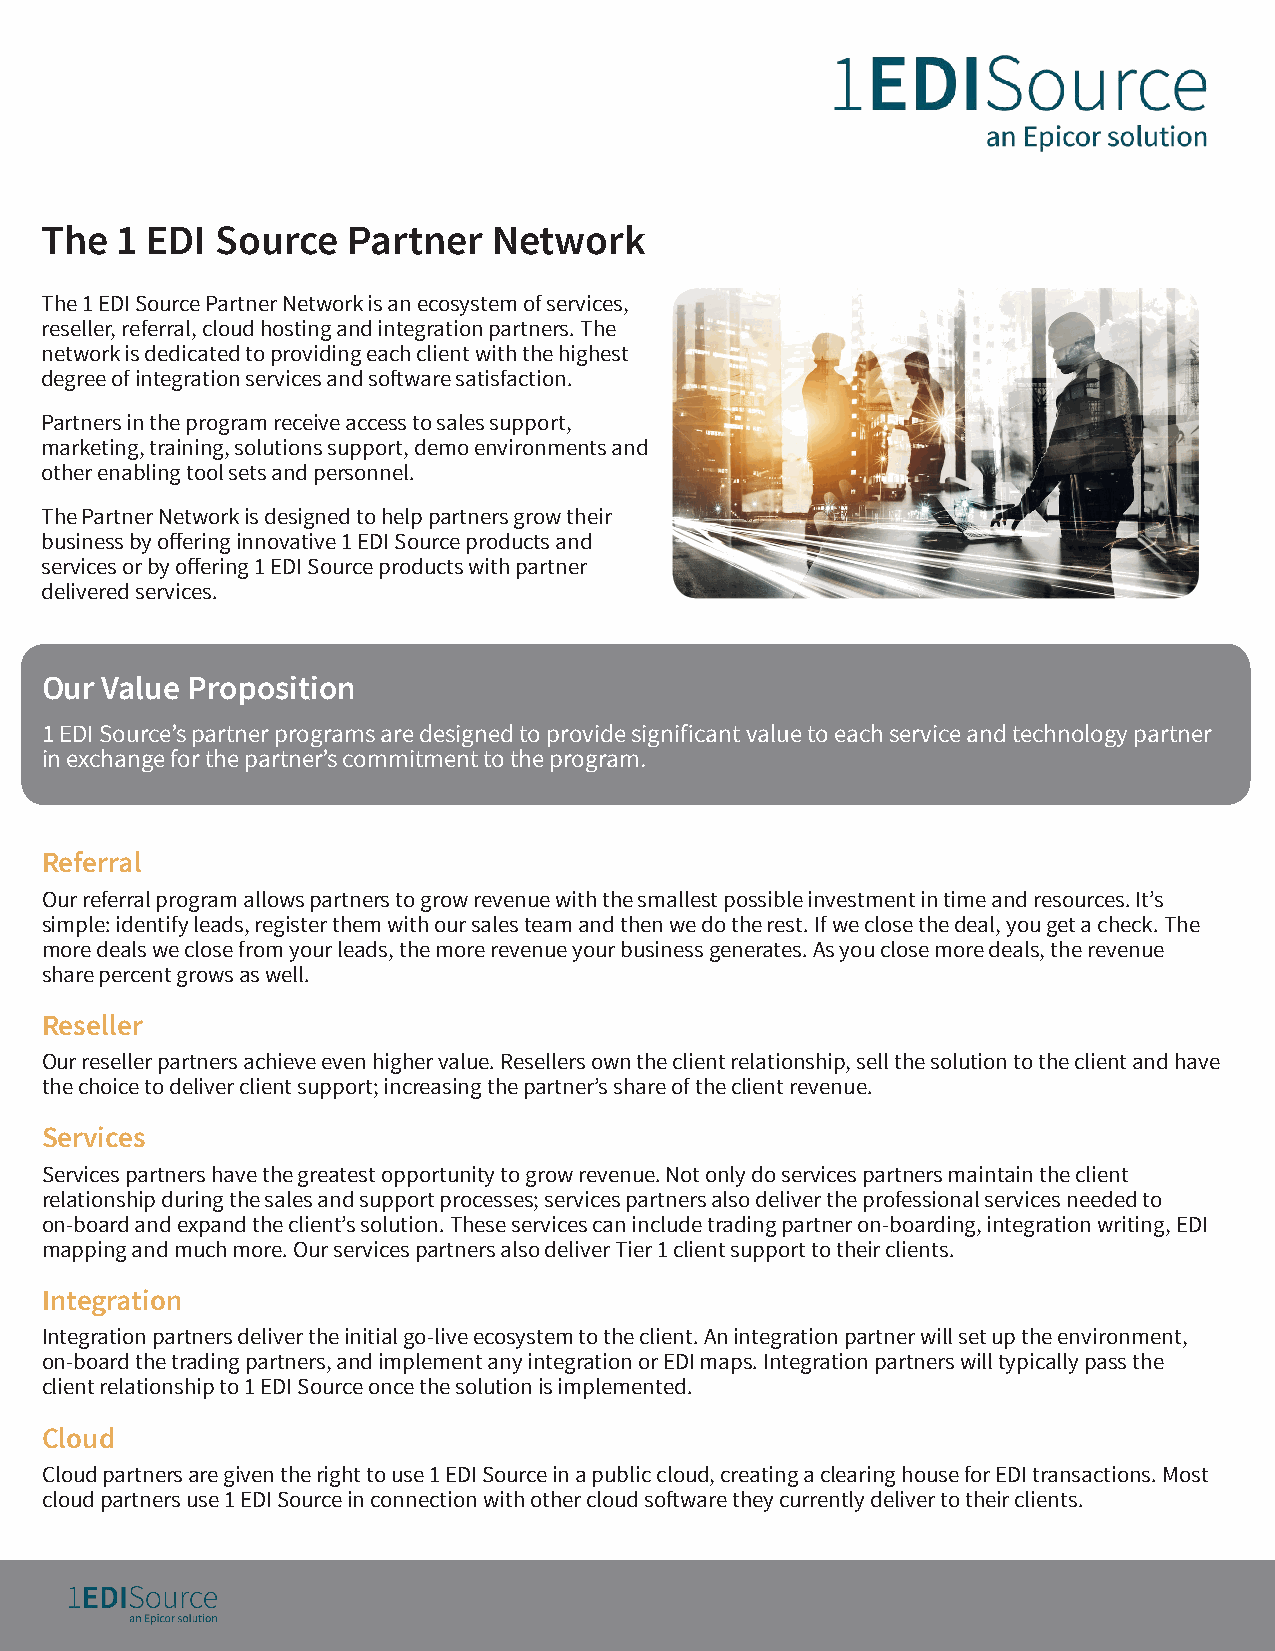
The  1 EDI Source   Partner   Network
 The 1 EDI Source Partner Network is an ecosystem of services,
 reseller, referral, cloud hosting and integration partners. The
 network is dedicated to providing each client with the highest
 degree of integration services and software satisfaction.
 Partners in the program receive access to sales support,
 marketing, training, solutions support, demo environments and
 other enabling tool sets and personnel.
 The Partner Network is designed to help partners grow their
 business by offering innovative 1 EDI Source products and
 services or by offering 1 EDI Source products with partner
 delivered services.
 Our Value Proposition
 1 EDI Source’s partner programs are designed to provide significant value to each service and technology partner
 in exchange for the partner’s commitment to the program.
 Referral
 Our referral program allows partners to grow revenue with the smallest possible investment in time and resources. It’s
 simple: identify leads, register them with our sales team and then we do the rest. If we close the deal, you get a check. The
 more deals we close from your leads, the more revenue your business generates. As you close more deals, the revenue
 share percent grows as well.
 Reseller
 Our reseller partners achieve even higher value. Resellers own the client relationship, sell the solution to the client and have
 the choice to deliver client support; increasing the partner’s share of the client revenue.
 Services
 Services partners have the greatest opportunity to grow revenue. Not only do services partners maintain the client
 relationship during the sales and support processes; services partners also deliver the professional services needed to
 on-board and expand the client’s solution. These services can include trading partner on-boarding, integration writing, EDI
 mapping and much more. Our services partners also deliver Tier 1 client support to their clients.
 Integration
 Integration partners deliver the initial go-live ecosystem to the client. An integration partner will set up the environment,
 on-board the trading partners, and implement any integration or EDI maps. Integration partners will typically pass the
 client relationship to 1 EDI Source once the solution is implemented.
 Cloud
 Cloud partners are given the right to use 1 EDI Source in a public cloud, creating a clearing house for EDI transactions. Most
 cloud partners use 1 EDI Source in connection with other cloud software they currently deliver to their clients.